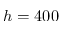
h = 4 0 0